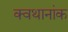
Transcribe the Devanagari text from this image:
क्वथानांक